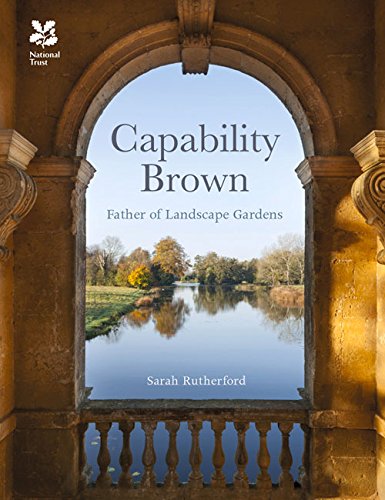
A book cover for Capability Brown: Father of Landscape Gardens; Sarah Rutherford; Arts & Photography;